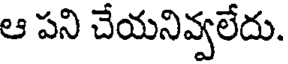
ఆ పని చేయనివ్వలేదు.